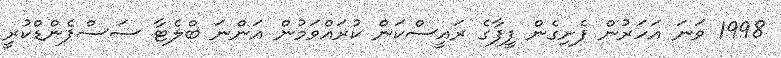
1998 ވަނަ އަހަރުން ފެށިގެން ފީފާގެ ރައީސްކަން ކުރައްވަމުން އަންނަ ބްލެޓާ ސަސްޕެންޑްކުރީ